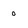
Character: 0